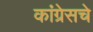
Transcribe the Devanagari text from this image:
कांग्रेसचे